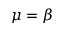
\mu = \beta